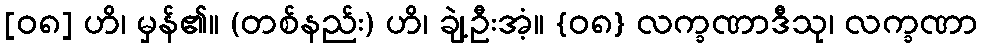
[၀၈] ဟိ၊ မှန်၏။ (တစ်နည်း) ဟိ၊ ချဲ့ဦးအံ့။ {၀၈} လက္ခဏာဒီသု၊ လက္ခဏာ